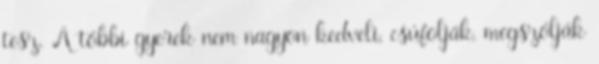
tesz. A többi gyerek nem nagyon kedveli, csúfolják, megszólják